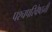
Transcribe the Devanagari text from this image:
पश्चपरिवेष्ठनी